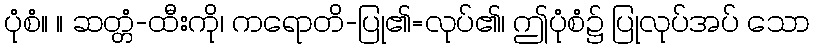
ပုံစံ။ ။ ဆတ္တံ-ထီးကို၊ ကရောတိ-ပြု၏=လုပ်၏၊ ဤပုံစံ၌ ပြုလုပ်အပ် သော